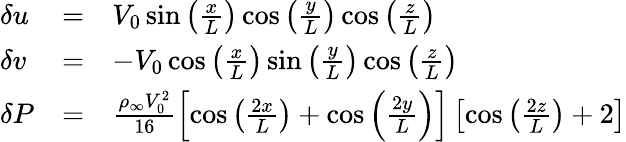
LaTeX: \begin{array}{r}{\begin{array}{lll}{\delta u}&{=}&{V_{0}\sin\left(\frac{x}{L}\right)\cos\left(\frac{y}{L}\right)\cos\left(\frac{z}{L}\right)}\\ {\delta v}&{=}&{-V_{0}\cos\left(\frac{x}{L}\right)\sin\left(\frac{y}{L}\right)\cos\left(\frac{z}{L}\right)}\\ {\delta P}&{=}&{\frac{\rho_{\infty}V_{0}^{2}}{16}\left[\cos\left(\frac{2x}{L}\right)+\cos\left(\frac{2y}{L}\right)\right]\left[\cos\left(\frac{2z}{L}\right)+2\right]}\end{array}}\end{array}